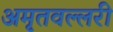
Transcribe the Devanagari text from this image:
अमृतवल्लरी